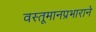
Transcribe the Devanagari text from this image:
वस्तूमानप्रभाराने